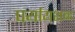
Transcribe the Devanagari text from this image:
पर्यायशब्द